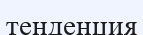
тенденция